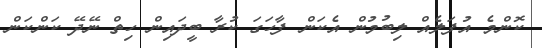
ކޮންމެ އުފަލެއް ލިބުމުން އެކަން ފާހަގަ ކުރާ ބީދައިން ހިތް ނޭދޭ ކަންކަން